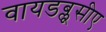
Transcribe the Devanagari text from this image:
वायडब्लूसीए